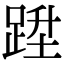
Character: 𨁠